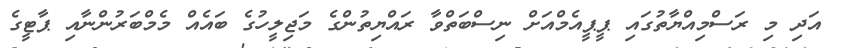
އަދި މި ރަސްމިއްޔާތުގައި ޕީޕީއެމްއަށް ނިސްބަތްވާ ރައްޔިތުންގެ މަޖިލީހުގެ ބައެއް މެމްބަރުންނާއި ޕާޓީގެ